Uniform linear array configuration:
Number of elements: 24
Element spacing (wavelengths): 0.75
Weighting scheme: hamming
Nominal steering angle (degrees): -15
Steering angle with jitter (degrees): -14.975
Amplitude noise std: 0.05
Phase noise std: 0.05

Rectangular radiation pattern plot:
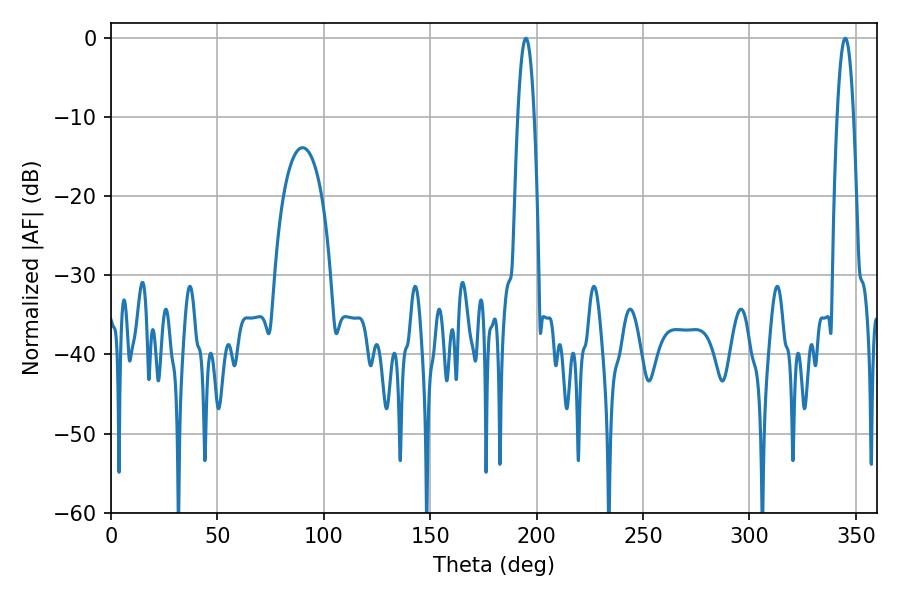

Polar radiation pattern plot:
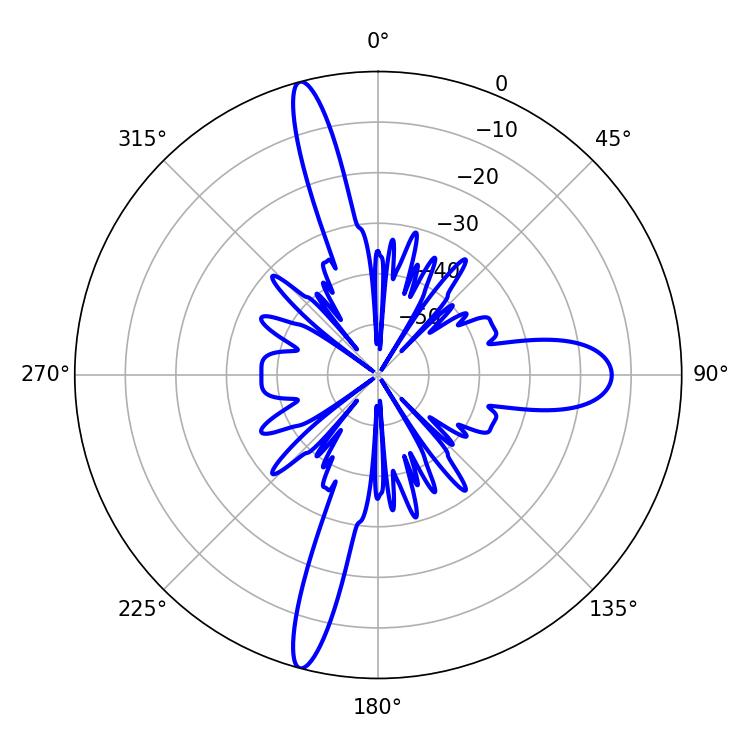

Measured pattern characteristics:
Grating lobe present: TRUE
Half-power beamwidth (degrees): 4.32
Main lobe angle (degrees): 194.94